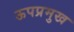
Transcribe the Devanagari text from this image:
ऊपप्रमुख